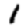
Digit: 1